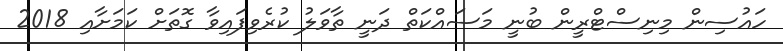
ހައުސިން މިނިސްޓްރީން ބުނީ މަސައްކަތް ދަނީ ތާވަލު ކުރެވިފައިވާ ގޮތަށް ކަމަށާއި 2018